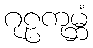
ဂုဠကုမ္ဘံ